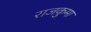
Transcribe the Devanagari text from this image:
राजकुमा